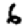
Digit: 6